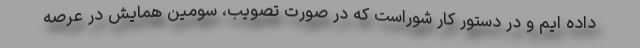
داده ایم و در دستور کار شوراست که در صورت تصویب، سومین همایش در عرصه